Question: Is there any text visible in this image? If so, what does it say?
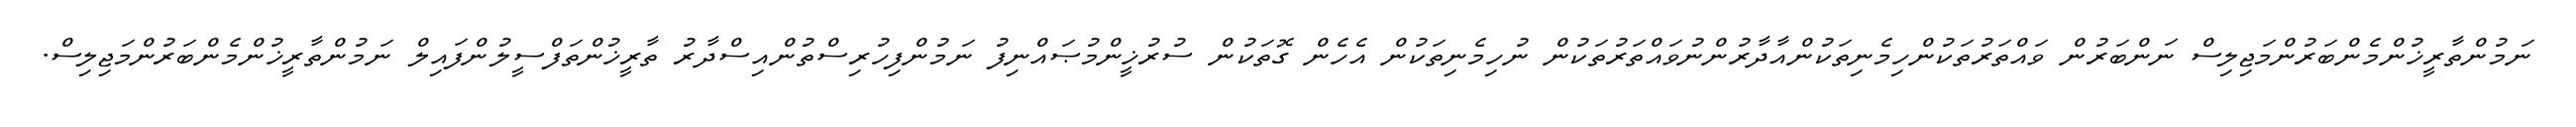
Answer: ނަމުންތާރީޚުންމެންބަރުންމަޖިލިސް ނަންބަރުން ވައްތަރުތަކުންހިމެނިތަކުންއާދާރުންނުވައްތަރުތަކުން ނުހިމެނިތަކުން އެހެން ގޮތަކުން ސުރުޚީންމުޞައްނިފު ނަމުންފިހުރިސްތުންއިސްދާރު ތާރީޚުންތަފްސީލުންފައިލް ނަމުންތާރީޚުންމެންބަރުންމަޖިލިސް.